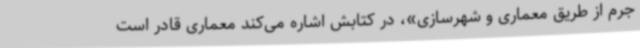
جرم از طریق معماری و شهرسازی»، در کتابش اشاره می‌کند معماری قادر است